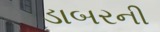
ડાબરની